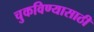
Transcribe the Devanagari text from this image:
चुकविण्यासाठी